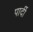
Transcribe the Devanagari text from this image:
पार्दी